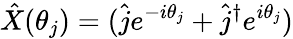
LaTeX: \hat{X}(\theta_{j})=(\hat{j}e^{-i\theta_{j}}+\hat{j}^{\dagger}e^{i\theta_{j}})